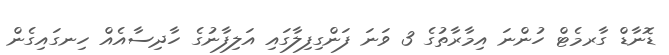
ޑޮނާޑް ގާރމެޓް ހުންނަ އިމާރާތުގެ 3 ވަނަ ފަންގިފިލާގައި އަލިފާނުގެ ހާދިސާއެއް ހިނގައިގެން